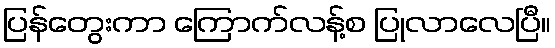
ပြန်တွေးကာ ကြောက်လန့်စ ပြုလာလေပြီ။